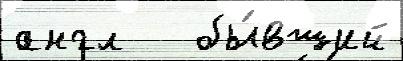
англ   бы́вший